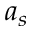
a _ { s }